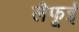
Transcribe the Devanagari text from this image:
लैफूई